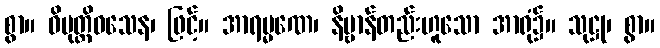
စွာ။ ဝိမုတ္တိဝသေန၊ ဖြင့်။ အာရမ္မဏေ၊ နိဗ္ဗာန်တည်းဟူသော အာရုံ၌။ သုဋ္ဌု၊ စွာ။